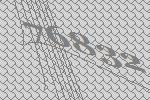
76832